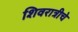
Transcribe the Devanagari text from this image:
शिवरात्रीचे